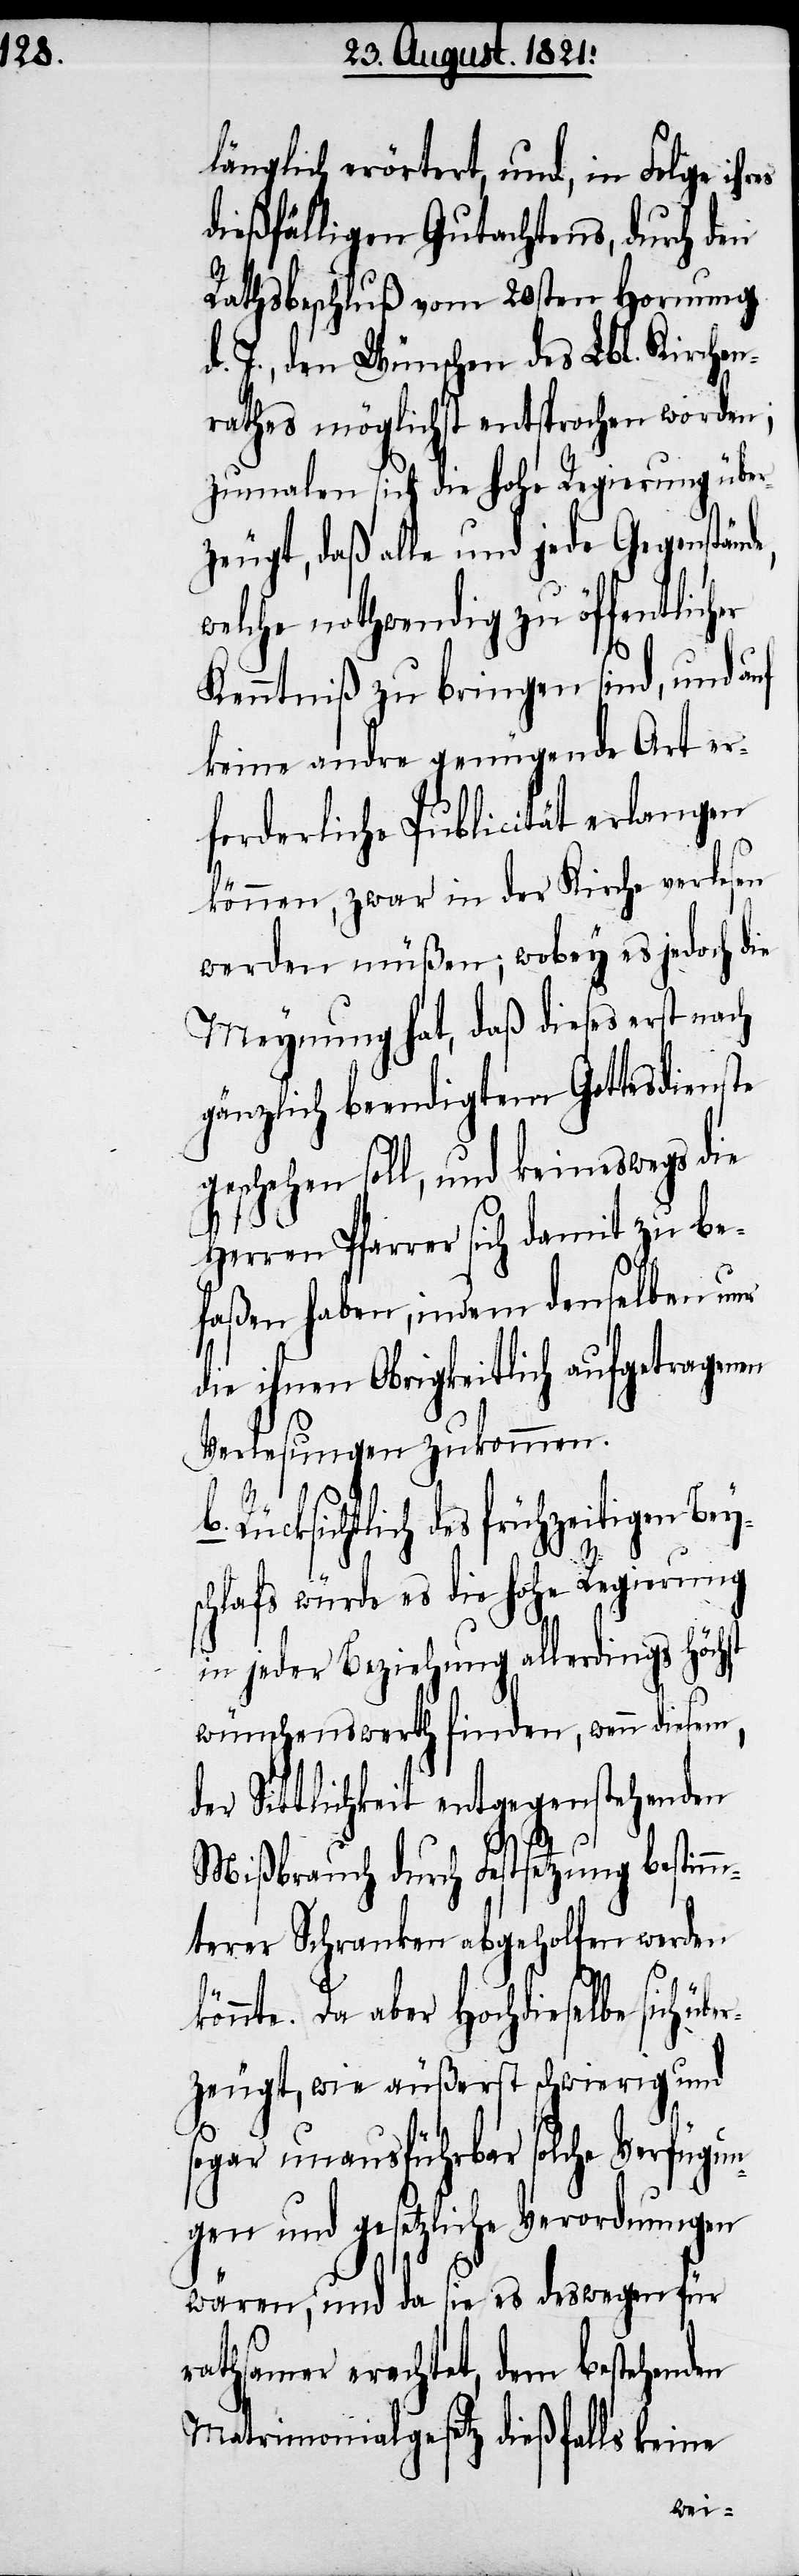
hst

länglich erörtert, und, in Folge ih¬
dießfälligen Gutachtens, durch den
Rathsbeschluß vom 20sten Hornung
ine
d. J., den Wünschen des
worden;
rathes möglichst entsproc¬
zumalen sich die hohe Regierung über¬
zeugt, daß alle und jede Gegenständ¬
welche nothwendig zu öffentlicher
Kenntniß zu bringen sind, und
keine andre genügende Art er¬
forderliche Publicität erlangen
können, zwar in der Kirche verlesen
werden müßen; wobey es jedoch die
Meynung hat, daß dieses erst nach
gänzlich beendigtem Gottesdienste
geschehen soll, und keineswegs die
Herren Pfarrer sich damit zu be¬
faßen haben, indem denselben nur
die ihnen Obrigkeitlich aufgetragenen
Verlesungen zukommen.
Rücksichtlich des frühzeitigen Be¬
schlafs würde es die hohe Regierung
in jeder Beziehung allerdings höc¬
wünschenswert finden, wenn diesem,
der Sittlichkeit entgegenstehenden
Mißbrauch durch Festsetzung bestimm¬
terer Schranken abgeholfen werden
könnte. Da aber Hochdieselbe sich üb¬
erzeugte, wie äußerst schwierig und
sogar unausführbar solche Verfügun¬
gen und gesetzliche Verordnungen
wären, und da sie es deswegen für
rathsamer erachtet, dem bestehenden
Matrimonialgesetz dießfalls ke¬